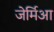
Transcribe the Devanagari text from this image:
जेर्मिआ